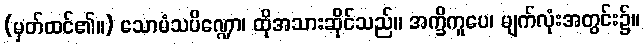
(မှတ်ထင်၏။) သောမံသပိဏ္ဍော၊ ထိုအသားဆိုင်သည်။ အက္ခိကူပေ၊ မျက်လုံးအတွင်း၌။